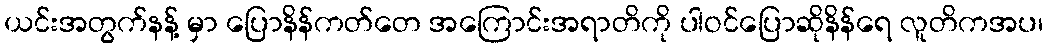
ယင်းအတွက်နန့် မှာ ပြောနိန်ကတ်တေ အကြောင်းအရာတိကို ပါဝင်ပြောဆိုနိန်ရေ လူတိကအပ၊